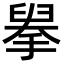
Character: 𦥹